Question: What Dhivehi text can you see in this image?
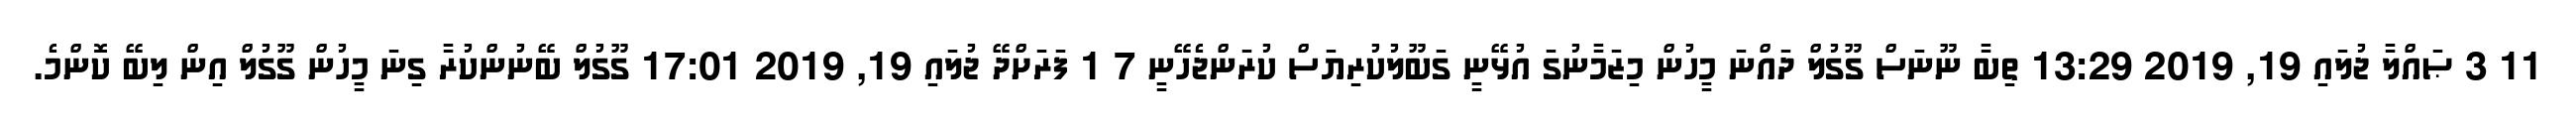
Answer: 11 3 ޞައްލާ ޖުލައި 19, 2019 13:29 ތިބާ ނޫނަސް ގޫގުލް ދައްނަ މީހުން މިޒަމާނުގަ އުޅޭނީ ގަބޫލުކުރިޔަސް ކުރަންޖެހޭނީ 7 1 ފަރަށްދޭ ޖުލައި 19, 2019 17:01 ގޫގުލް ބޭނުންކުރާ ގިނަ މީހުން ގޫގުލް އިން ލިބޭ ކޮންމެ.